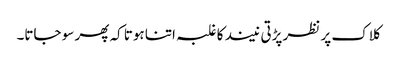
کلاک پر نظر پڑتی نیند کا غلبہ اتنا ہوتا کہ پھر سو جاتا۔